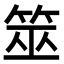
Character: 筮